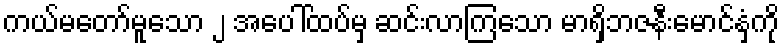
ကယ်မတော်မူသော ၂ အပေါ်ထပ်မှ ဆင်းလာကြသော မာရှိဘဇနီးမောင်နှံကို